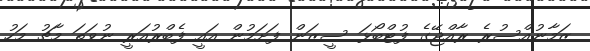
ޒަމާނުއްސުރެ ރާއްޖޭގެ ފުޓްބޯޅަ ސީޒަން ފަށަމުން އައީ ފެބްރުއަރީ ނުވަތަ މާޗު މަހު